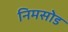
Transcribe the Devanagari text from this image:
निमसोड